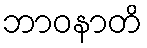
ဘာဝနာတိ